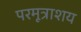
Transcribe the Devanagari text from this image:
परमूत्राशय